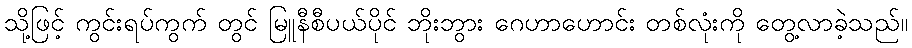
သို့ဖြင့် ကွင်းရပ်ကွက် တွင် မြူနီစီပယ်ပိုင် ဘိုးဘွား ဂေဟာဟောင်း တစ်လုံးကို တွေ့လာခဲ့သည်။